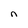
Character: n